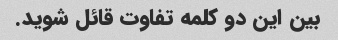
بین این دو کلمه تفاوت قائل شوید.